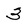
Character: 3